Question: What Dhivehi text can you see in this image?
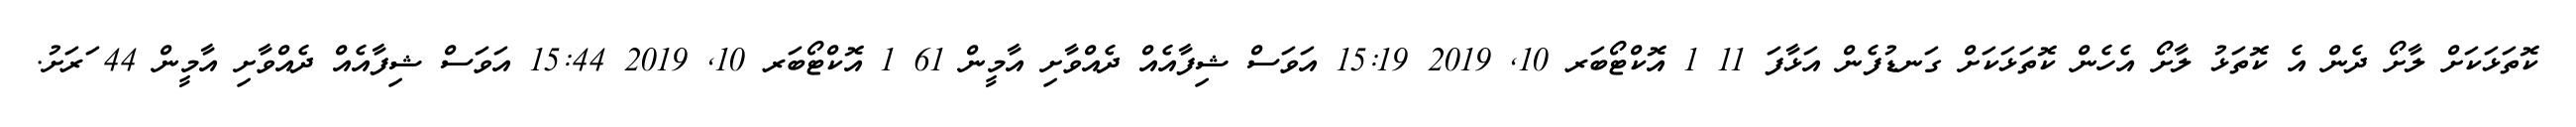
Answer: ކޮތަޅަކަށް ލާށޯ ދެން އެ ކޮތަޅު ލާށޯ އެހެން ކޮތަޅަކަށް ގަނޑުފެން އަޅާފަ 11 1 އޮކްޓޯބަރ 10, 2019 15:19 އަވަސް ޝިފާއެއް ދެއްވާށި އާމީން 61 1 އޮކްޓޯބަރ 10, 2019 15:44 އަވަސް ޝިފާއެއް ދެއްވާށި އާމީން 44 ަރަށު.